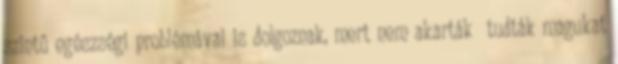
szintű egészségi problémával is dolgoznak, mert nem akarták tudták magukat